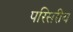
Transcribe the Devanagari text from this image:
परिसरीय